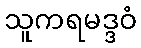
သူကရမဒ္ဒဝံ